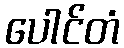
ပေါင်တံ